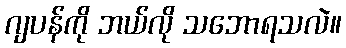
ဂျပန်ကို ဘယ်လို သဘောရသလဲ။